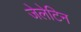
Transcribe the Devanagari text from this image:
जेलेटिन